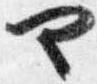
や